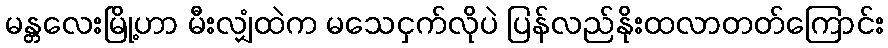
မန္တလေးမြို့ဟာ မီးလျှံထဲက မသေငှက်လိုပဲ ပြန်လည်နိုးထလာတတ်ကြောင်း